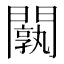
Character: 𨶝